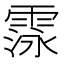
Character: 𮦛